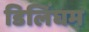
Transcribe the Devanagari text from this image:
डिलिंघम